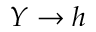
Y \rightarrow h